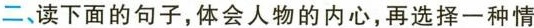
二、读下面的句子，体会人物的内心，再选择一种情